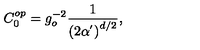
C _ { 0 } ^ { o p } = g _ { o } ^ { - 2 } \frac { 1 } { \left( 2 \alpha ^ { ^ { \prime } } \right) ^ { d / 2 } } ,